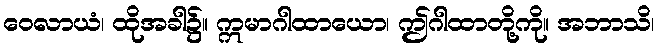
ဝေလာယံ၊ ထိုအခါ၌။ ဣမာဂါထာယော၊ ဤဂါထာတို့ကို။ အဘာသိ၊